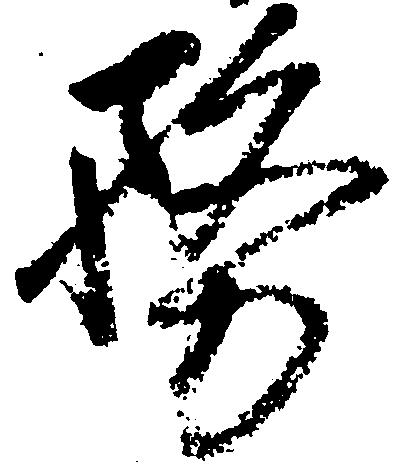
務